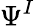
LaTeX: \Psi^{I}